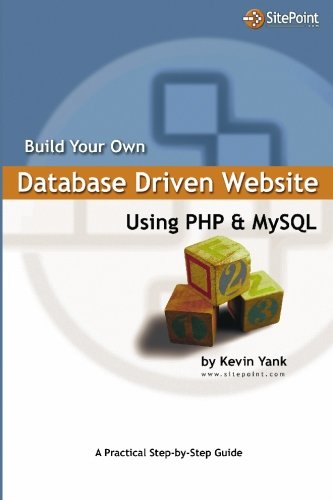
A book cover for Build Your Own Database Driven Website Using PHP & MySQL; Kevin Yank; Computers & Technology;